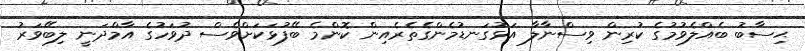
ޙިސާބު ބެއްލެވުމުގެ ކުރިން ވިސްނާލާ އަޅުގަނޑުމެންގެތެރެއިން ކޮންމެ ބޭފުޅަކަށްވެސް ދުވަހުގެ އާމްދަނީ ލިބޭވަރު